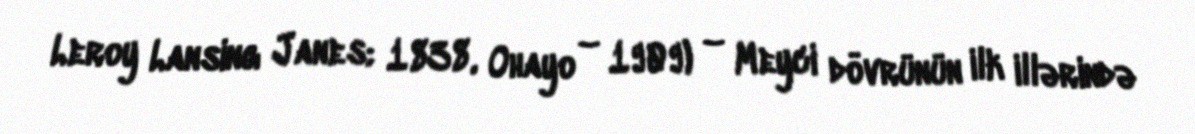
Leroy Lansing Janes; 1838, Ohayo – 1909) – Meyci dövrünün ilk illərində